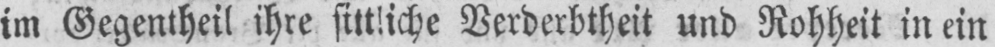
im Gegentheil ihre sittliche Verderbtheit und Rohheit in ein